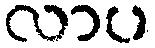
လာပ